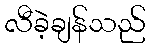
လီခဲ့ချန်သည်